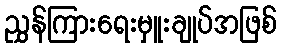
ညွှန်ကြားရေးမှူးချုပ်အဖြစ်